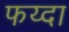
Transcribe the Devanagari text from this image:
फय्दा